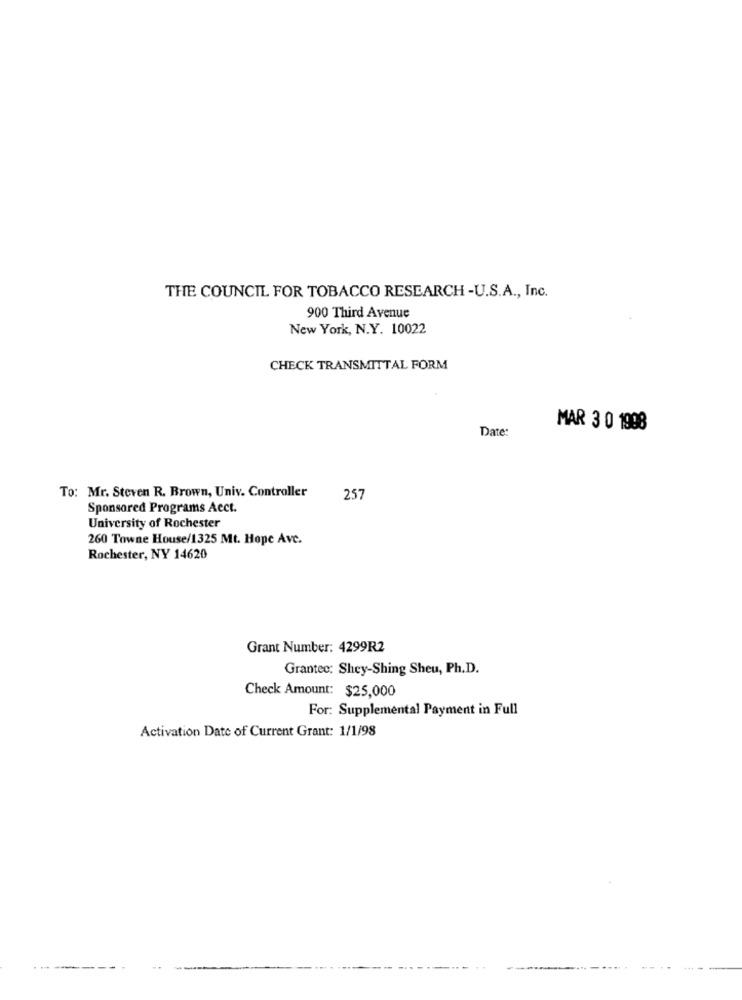
THE COUNCIL FOR TOBACCO RESEARCH -U.S.A ., Inc.
900 Third Avenue
New York, N.Y. 10022
CHECK TRANSMITTAL FORM
Date:
MAR 3 0 1998
To: Mr. Steven R. Brown, Univ. Controller
257
Sponsored Programs Aect.
University of Rochester
260 Towne House/1325 Mt. Hope Avc.
Rochester, NY 14620
Grant Number: 4299R2
Granted: Shey-Shing Sheu, Ph.D.
Check Amount: $25,000
For: Supplemental Payment in Full
Activation Date of Current Grant: 1/1/98
--